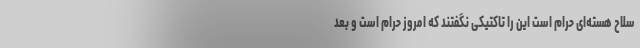
سلاح هسته‌ای حرام است این را تاکتیکی نگفتند که امروز حرام است و بعد